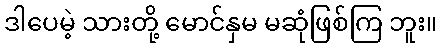
ဒါပေမဲ့ သားတို့ မောင်နှမ မဆုံဖြစ်ကြ ဘူး။